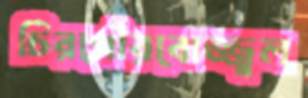
চিরগৌরবোজ্জ্বল